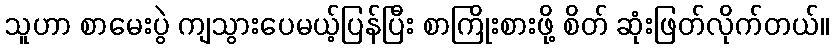
သူဟာ စာမေးပွဲ ကျသွားပေမယ့်ပြန်ပြီး စာကြိုးစားဖို့ စိတ် ဆုံးဖြတ်လိုက်တယ်။